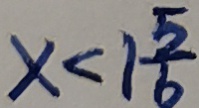
x < 1 \frac { 5 } { 6 }